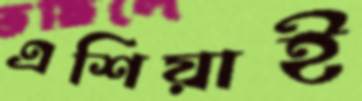
এশিয়াই